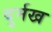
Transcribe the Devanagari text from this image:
दुर्मख